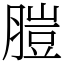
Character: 䐩